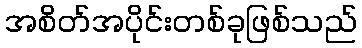
အစိတ်အပိုင်းတစ်ခုဖြစ်သည်